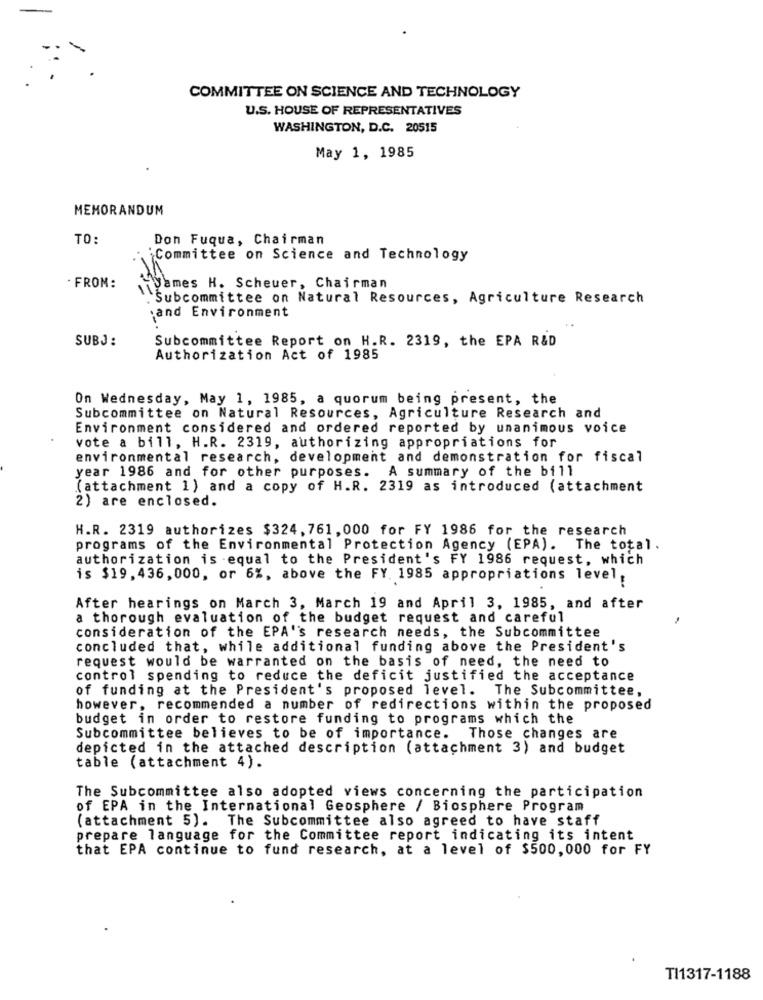
COMMITTEE ON SCIENCE AND TECHNOLOGY
U.S. HOUSE OF REPRESENTATIVES
WASHINGTON, D.C. 20515
May 1, 1985
MEMORANDUM
TO:
Don Fuqua, Chairman
Committee on Science and Technology
James H. Scheuer, Chairman
. FROM:
Subcommittee on Natural Resources, Agriculture Research
.and Environment
SUBJ :
Subcommittee Report on H.R. 2319, the EPA R&D
Authorization Act of 1985
On Wednesday, May 1, 1985, a quorum being present, the
Subcommittee on Natural Resources, Agriculture Research and
Environment considered and ordered reported by unanimous voice
vote a bill, H.R. 2319, authorizing appropriations for
environmental research, development and demonstration for fiscal
year 1986 and for other purposes. A summary of the bill
(attachment 1) and a copy of H.R. 2319 as introduced (attachment
2) are enclosed.
H.R. 2319 authorizes $324, 761, 000 for FY 1986 for the research
programs of the Environmental Protection Agency (EPA). The total.
authorization is equal to the President's FY 1986 request, which
is $19, 436, 000, or 6%, above the FY. 1985 appropriations level,
After hearings on March 3, March 19 and April 3, 1985, and after
a thorough evaluation of the budget request and careful
consideration of the EPA''s research needs, the Subcommittee
concluded that, while additional funding above the President's
request would be warranted on the basis of need, the need to
control spending to reduce the deficit justified the acceptance
of funding at the President's proposed level. The Subcommittee,
however, recommended a number of redirections within the proposed
budget in order to restore funding to programs which the
Subcommittee believes to be of importance. Those changes are
depicted in the attached description (attachment 3) and budget
table (attachment 4).
The Subcommittee also adopted views concerning the participation
of EPA in the International Geosphere / Biosphere Program
(attachment 5). The Subcommittee also agreed to have staff
prepare language for the Committee report indicating its intent
that EPA continue to fund research, at a level of $500,000 for FY
TI1317-1188